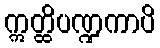
ဣတ္ထိပဏ္ဍကာပိ